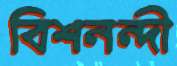
বিশনন্দী